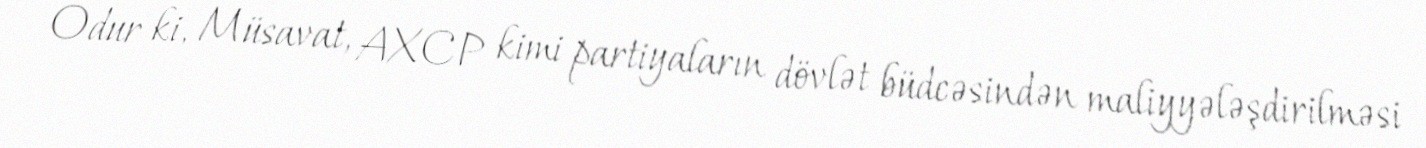
Odur ki, Müsavat, AXCP kimi partiyaların dövlət büdcəsindən maliyyələşdirilməsi